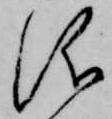
儀